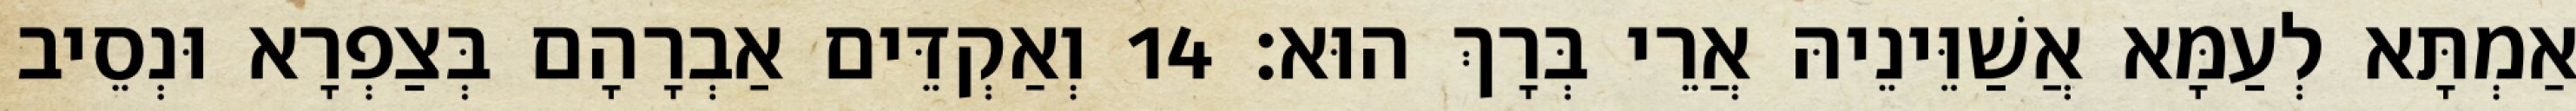
אַמְתָּא לְעַמָּא אֲשַׁוֵּינֵיהּ אֲרֵי בְּרָךְ הוּא׃ 14 וְאַקְדֵּים אַבְרָהָם בְּצַפְרָא וּנְסֵיב